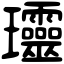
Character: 𤫩